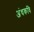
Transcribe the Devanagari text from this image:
अंधकवि